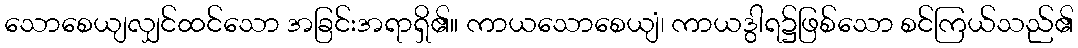
သောစေယျလျှင်ထင်သော အခြင်းအရာရှိ၏။ ကာယသောစေယျံ၊ ကာယဒွါရ၌ဖြစ်သော စင်ကြယ်သည်၏